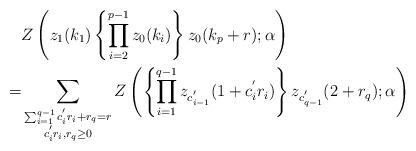
LaTeX: \begin{align*}\begin{aligned}&Z\left(z_1(k_1)\left\{\prod_{i=2}^{p-1}z_{0}(k_i)\right\}z_{0}(k_p+r);\alpha\right)\\=&\sum_{\begin{subarray}{c}\sum_{i=1}^{q-1}c^{'}_{i}r_i+r_{q}=r\\c^{'}_{i}r_i, r_q\ge0\end{subarray}}Z\left(\left\{\prod_{i=1}^{q-1}z_{c^{'}_{i-1}}(1+c^{'}_ir_i)\right\}z_{c^{'}_{q-1}}(2+r_q);\alpha\right)\end{aligned}\end{align*}